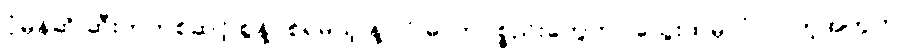
ပုံမှန်ဆို ဆီးကတစ်ဆင့် စွန့်ပစ်ရမယ့် နဲ့ လို ဓာတုပစ္စည်းတွေဟာ သွေးထဲမှာပုံလာတဲ့အတွက်